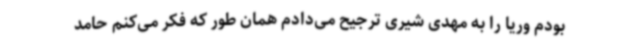
بودم وریا را به مهدی شیری ترجیح می‌دادم همان طور که فکر می‌کنم حامد